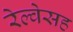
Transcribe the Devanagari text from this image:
रेल्वेसह